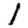
Digit: 1